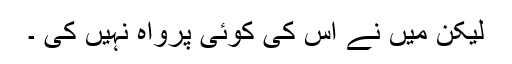
لیکن میں نے اس کی کوئی پرواہ نہیں کی ۔